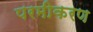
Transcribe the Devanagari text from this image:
परमीकरण